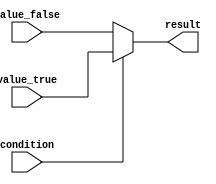
module conditional_operator (
    input wire condition,
    input wire value_true,
    input wire value_false,
    output reg result
);

always @(*) begin
    result = (condition) ? value_true : value_false;
end

endmodule